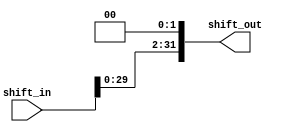
`timescale 1ns / 1ps
//////////////////////////////////////////////////////////////////////////////////
// Company: 
// 
// Design Name:    Left Shift
// Module Name:    LSHF 
// Project Name:   MIPS 16 bit Processor
// Target Devices: 
// Tool versions: 
// Description: 
//              Left shift input by two and output lower 32 bits
//
// Dependencies:    N/A
//
// Revision: 
// Revision 0.01 - File Created
// Additional Comments: 
//
//////////////////////////////////////////////////////////////////////////////////
module LSHF(shift_out, shift_in);

    output  [31:0]  shift_out;
    input   [31:0]  shift_in;

    wire    [33:0]  shifted;

    assign shifted = shift_in << 2;
    assign shift_out = shifted[31:0];

endmodule